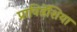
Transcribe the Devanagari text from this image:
प्राविडेंशिया